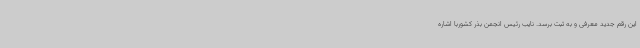
این رقم جدید معرفی و به ثبت برسد. نایب رئیس انجمن بذر کشوربا اشاره